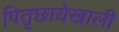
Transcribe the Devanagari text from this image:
पितृछायेखाली